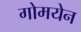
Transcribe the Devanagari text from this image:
गोमयेन